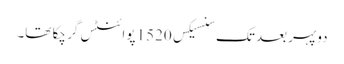
دوپہر بعد تک سنسیکس 1520 پوائنٹس گر چکا تھا۔